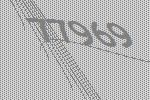
77969